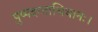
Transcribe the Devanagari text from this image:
पुष्पदन्ताभिधानः।